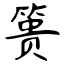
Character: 篑